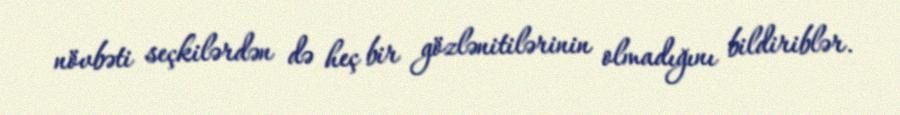
növbəti seçkilərdən də heç bir gözlənitilərinin olmadığını bildiriblər.